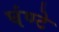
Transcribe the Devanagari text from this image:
घंण्टे